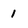
Character: 1